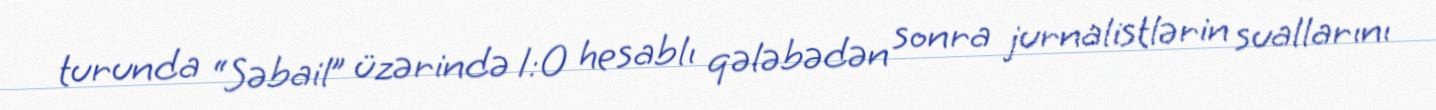
turunda “Səbail” üzərində 1:0 hesablı qələbədən sonra jurnalistlərin suallarını